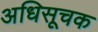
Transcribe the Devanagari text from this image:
अधिसूचक